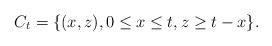
LaTeX: \begin{align*} C_{t}=\{(x,z), 0 \leq x \leq t, z\geq t-x\}.\end{align*}